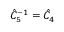
\hat { C } _ { 5 } ^ { - 1 } = \hat { C } _ { 4 }